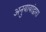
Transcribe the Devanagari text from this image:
अनुयायांद्वारा